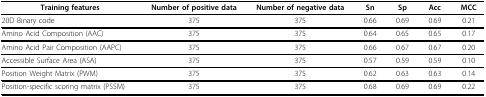
| Training features | Number of positive data | Number of negative data | Sn | Sp | Acc | MCC |
 | --- | --- | --- | --- | --- | --- | --- |
 | 20D Binary code | 375 | 375 | 0.66 | 0.69 | 0.69 | 0.21 |
 | Amino Acid Composition (AAC) | 375 | 375 | 0.64 | 0.65 | 0.65 | 0.17 |
 | Amino Acid Pair Composition (AAPC) | 375 | 375 | 0.66 | 0.67 | 0.67 | 0.20 |
 | Accessible Surface Area (ASA) | 375 | 375 | 0.57 | 0.59 | 0.59 | 0.10 |
 | Position Weight Matrix (PWM) | 375 | 375 | 0.62 | 0.63 | 0.63 | 0.14 |
 | Position-specific scoring matrix (PSSM) | 375 | 375 | 0.68 | 0.69 | 0.69 | 0.22 |